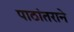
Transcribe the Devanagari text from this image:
पाठांतराने